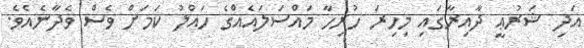
އަދި ޝަރުޢީ ދާއިރާގައި މިހިރަ ހުރިހާ މައްސަލައެއްގެ ހައްލު ކަމަށް ވެސް ވެދާނެއެވެ.